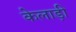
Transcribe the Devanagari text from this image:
केलाड़ी